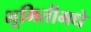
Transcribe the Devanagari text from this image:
भूमितीमधे